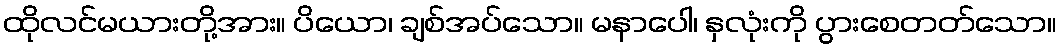
ထိုလင်မယားတို့အား။ ပိယော၊ ချစ်အပ်သော။ မနာပေါ၊ နှလုံးကို ပွားစေတတ်သော။